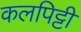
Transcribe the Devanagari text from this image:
कलपिट्टी